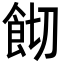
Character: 𩚦